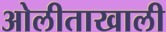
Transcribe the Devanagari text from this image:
ओलीताखाली